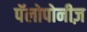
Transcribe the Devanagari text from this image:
पॅलोपोनीज़